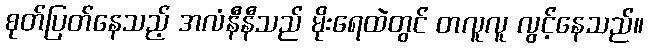
စုတ်ပြတ်နေသည့် အလံနီနီသည် မိုးရေထဲတွင် တလူလူ လွင့်နေသည်။